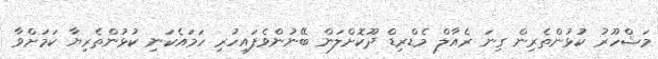
މަޝްހޫރު ކުޅުންތެރިން ގިނަ ރެއާލް މެޑްރިޑް ދޫކޮށްލަން ބޭނުންވެފައިހުރި ހަމައެކަނި ކުޅުންތެރިޔާ ކަމަށްވާ